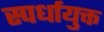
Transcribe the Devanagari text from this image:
स्पर्धायुक्त